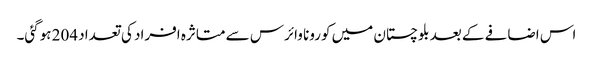
اس اضافے کے بعد بلوچستان میں کورونا وائرس سے متاثرہ افراد کی تعداد 204 ہوگئی۔